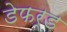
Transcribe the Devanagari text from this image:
डेफर्ड